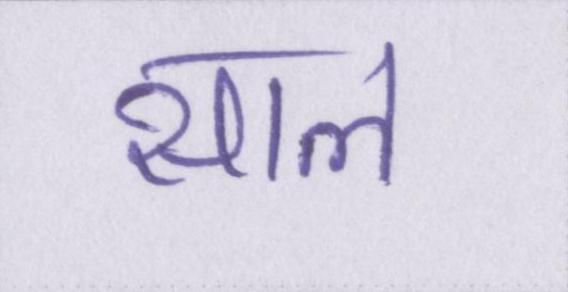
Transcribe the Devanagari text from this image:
साल